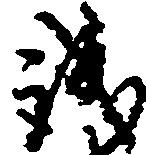
誠